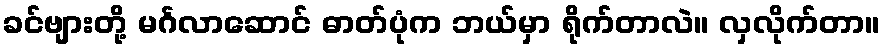
ခင်ဗျားတို့ မင်္ဂလာဆောင် ဓာတ်ပုံက ဘယ်မှာ ရိုက်တာလဲ။ လှလိုက်တာ။